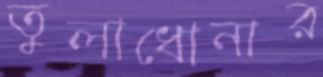
তুলাধোনার